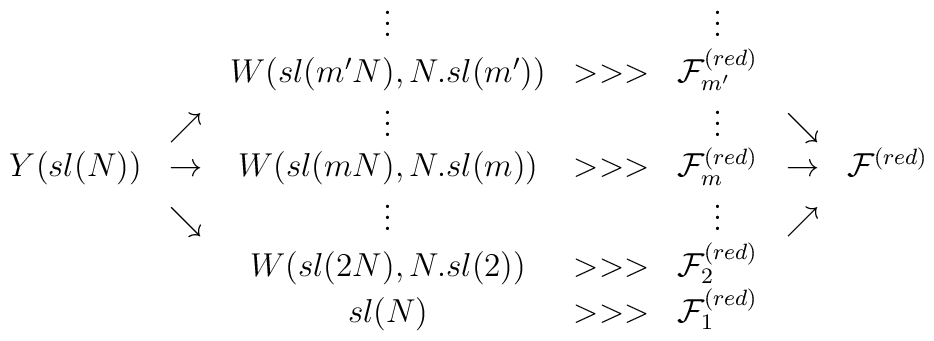
\begin{array}{ccccccc} & & \vdots & & \vdots & & \\& & W(sl(m'N),N.sl(m')) & >>> & {\cal F}^{(red)}_{m'} & & \\ &\nearrow &\vdots &  &\vdots & \searrow & \\Y(sl(N)) & \rightarrow & W(sl(mN),N.sl(m))& >>> & {\cal F}^{(red)}_m & \rightarrow & {\cal F}^{(red)} \\ &\searrow & \vdots & & \vdots &\nearrow & \\ & & W(sl(2N),N.sl(2)) & >>> & {\cal F}^{(red)}_2 & & \\ & & sl(N) & >>> & {\cal F}_1^{(red)} & & \\\end{array}